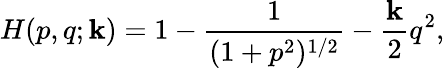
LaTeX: H(p,q;\mathbf{k})=1-\frac{{1}}{{(1+p^{2})^{1/2}}}-\frac{{\mathbf{k}}}{{2}}q^{2},